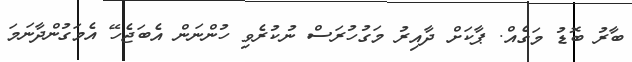
ބާރު ބޮޑު މަގެއް. ޕާކަށް ދާއިރު މަގުހުރަސް ނުކުރެވި ހުންނަން އެބަޖެހޭ އެމަގުންދާނަމަ